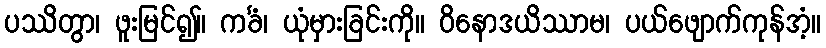
ပဿိတွာ၊ ဖူးမြင်၍။ ကင်္ခံ၊ ယုံမှားခြင်းကို။ ဝိနောဒယိဿာမ၊ ပယ်ဖျောက်ကုန်အံ့။